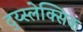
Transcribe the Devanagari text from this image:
द्य्स्लेक्सिक